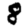
Digit: 8